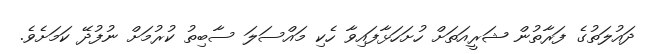
ދައުލަތުގެ ފަރާތުން ޝަރީއަތަށް ހުށަހަޅާފައިވާ ހެކި މައްސަލަ ސާބިތު ކުރުމަށް ނުފުދޭ ކަމަށެވެ.